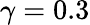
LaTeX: \gamma=0.3